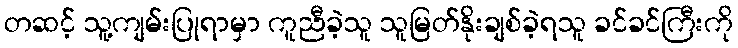
တဆင့် သူ့ကျမ်းပြုရာမှာ ကူညီခဲ့သူ သူမြတ်နိုးချစ်ခဲ့ရသူ ခင်ခင်ကြီးကို